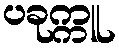
ပခုက္ကူ